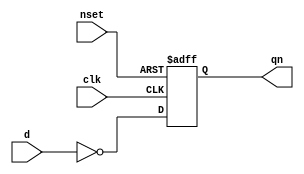
// This program was cloned from: https://github.com/aolofsson/oh
// License: MIT License

//#############################################################################
//# Function:  Positive edge-triggered static inverting D-type flop-flop with #
//             async active low set.                                          #
//# Copyright: OH Project Authors. ALl rights Reserved.                       #
//# License:   MIT (see LICENSE file in OH repository)                        #
//#############################################################################

module asic_dffsqn #(parameter PROP = "DEFAULT")   (
    input d,
    input clk,
    input nset,
    output reg  qn
    );

   always @ (posedge clk or negedge nset)
     if(!nset)
       qn <= 1'b0;
     else
       qn <= ~d;

endmodule